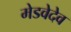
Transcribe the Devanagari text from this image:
मेडवेदेव